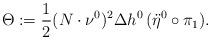
LaTeX: \begin{align*}\Theta := \frac 1 2 (N\cdot \nu^0)^2 \Delta h^0 \, (\ddot \eta^0 \circ \pi_1).\end{align*}